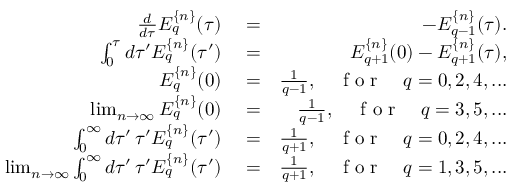
\begin{array} { r l r } { \frac { d } { d \tau } E _ { q } ^ { \{ n \} } ( \tau ) } & { { } = } & { - E _ { q - 1 } ^ { \{ n \} } ( \tau ) . } \\ { \int _ { 0 } ^ { \tau } d \tau ^ { \prime } E _ { q } ^ { \{ n \} } ( \tau ^ { \prime } ) } & { { } = } & { E _ { q + 1 } ^ { \{ n \} } ( 0 ) - E _ { q + 1 } ^ { \{ n \} } ( \tau ) , } \\ { E _ { q } ^ { \{ n \} } ( 0 ) } & { { } = } & { \frac { 1 } { q - 1 } , \quad \mathrm { ~ f ~ o ~ r ~ } \quad q = 0 , 2 , 4 , . . . } \\ { \operatorname* { l i m } _ { n \to \infty } E _ { q } ^ { \{ n \} } ( 0 ) } & { { } = } & { \frac { 1 } { q - 1 } , \quad \mathrm { ~ f ~ o ~ r ~ } \quad q = 3 , 5 , . . . } \\ { \int _ { 0 } ^ { \infty } d \tau ^ { \prime } \, \tau ^ { \prime } E _ { q } ^ { \{ n \} } ( \tau ^ { \prime } ) } & { { } = } & { \frac { 1 } { q + 1 } , \quad \mathrm { ~ f ~ o ~ r ~ } \quad q = 0 , 2 , 4 , . . . } \\ { \operatorname* { l i m } _ { n \to \infty } \int _ { 0 } ^ { \infty } d \tau ^ { \prime } \, \tau ^ { \prime } E _ { q } ^ { \{ n \} } ( \tau ^ { \prime } ) } & { { } = } & { \frac { 1 } { q + 1 } , \quad \mathrm { ~ f ~ o ~ r ~ } \quad q = 1 , 3 , 5 , . . . } \end{array}